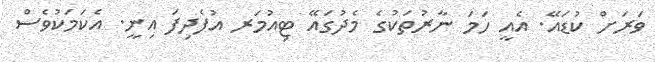
ވަރަށް ކުޑައޭ. އެއީ ހަމަ ނާރުތަކުގެ މެދުގައޭ ޓިއުމަރ އުފެދިފަ އިނީ. އެކަމަކުވެސް